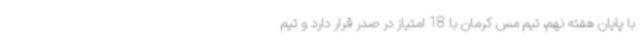
با پایان هفته نهم، تیم مس کرمان با 18 امتیاز در صدر قرار دارد و تیم